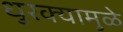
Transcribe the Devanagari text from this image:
धुरक्यामुळे